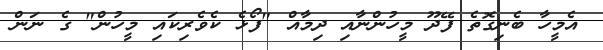
އެމީހާ ބެނިގޮތެ ފޭދޫ މީހުންނާއި ދިމާއް "ފޯޅެ ކެވެރިކައި މީހުން" ގެ ނަން